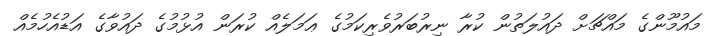
މައުމޫންގެ މައްޗަށް ދައުލަތުން ކުރާ ނިރުބަރުވެރިކަމުގެ ޢަމަލެއް ކުރަން އުޅުމުގެ ދައުވާގެ އަޑުއެހުމެއް